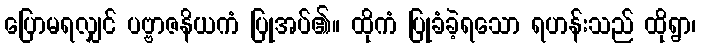
ပြောမရလျှင် ပဗ္ဗာဇနိယကံ ပြုအပ်၏။ ထိုကံ ပြုခံခဲ့ရသော ရဟန်းသည် ထိုရွာ၊